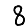
Digit: 8